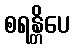
စရန္တိပေ